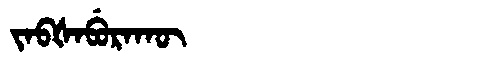
Manchu: ᠵᠠᠪᡧᠠᠪᡠᡵᠠᡴᡡ
Romanization: JABŠABURAKŪ